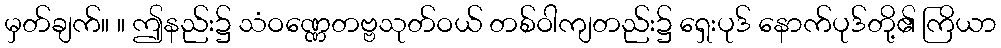
မှတ်ချက်။ ။ ဤနည်း၌ သံဝဏ္ဏေတဗ္ဗသုတ်ဝယ် တစ်ဝါကျတည်း၌ ရှေးပုဒ် နောက်ပုဒ်တို့၏ ကြိယာ